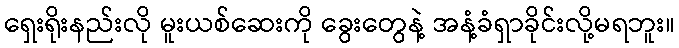
ရှေးရိုးနည်းလို မူးယစ်ဆေးကို ခွေးတွေနဲ့ အနံ့ခံရှာခိုင်းလို့မရဘူး။